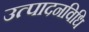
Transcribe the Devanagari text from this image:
उत्पादनविधि